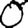
Digit: 0